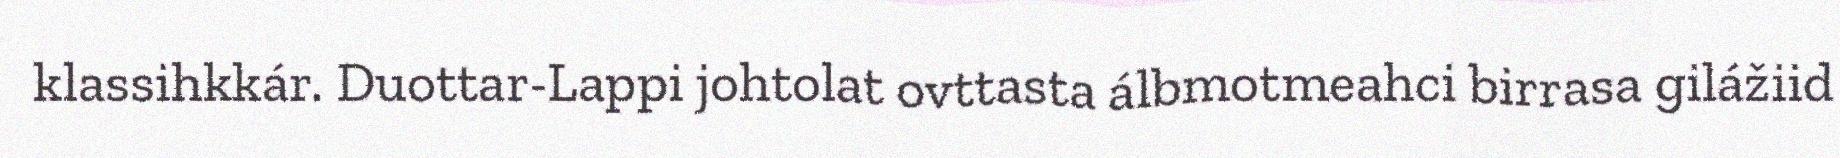
klassihkkár. Duottar-Lappi johtolat ovttasta álbmotmeahci birrasa gilážiid